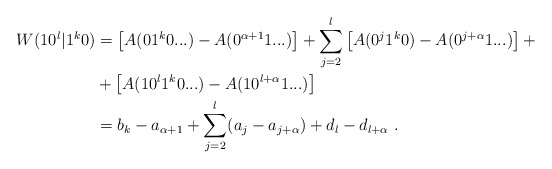
\begin{align*}W( 10^l | 1^k0 ) &= \left[ A(01^k0...) - A(0^{\alpha+1} 1 ...) \right] + \sum_{j=2}^l \left[ A(0^{j}1^k0) - A(0^{j+\alpha}1...) \right] + \\&+ \left[ A(10^l1^k0...) - A(10^{l+\alpha}1...) \right] \\&= b_k - a_{\alpha+1} + \sum_{j=2}^l (a_j - a_{j+\alpha}) + d_l - d_{l+\alpha} \ .\end{align*}